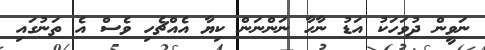
ނަވީން ދުވަހަކު އަޑު ނާހާ ނަންނަން ކިޔާ އެއްޗެހި ވެސް އެ ތަނުގައި